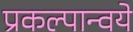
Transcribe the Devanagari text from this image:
प्रकल्पान्वये